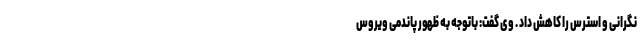
نگرانی و استرس را کاهش داد . وی گفت: باتوجه به ظهور پاندمی ویروس